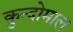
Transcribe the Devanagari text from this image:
कुन्दोमाल